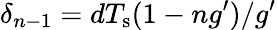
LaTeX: \delta_{n-1}=dT_{\mathrm{s}}(1-ng^{\prime})/g^{\prime}